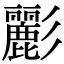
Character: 彲